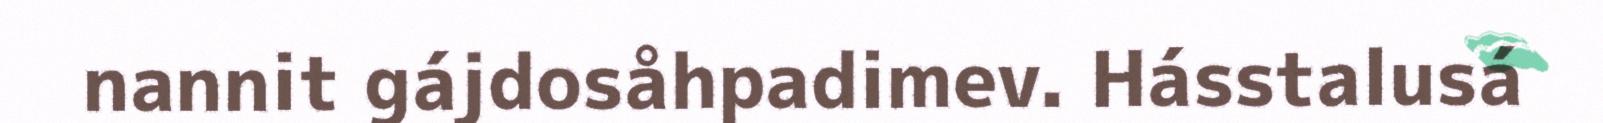
nannit gájdosåhpadimev. Hásstalusá